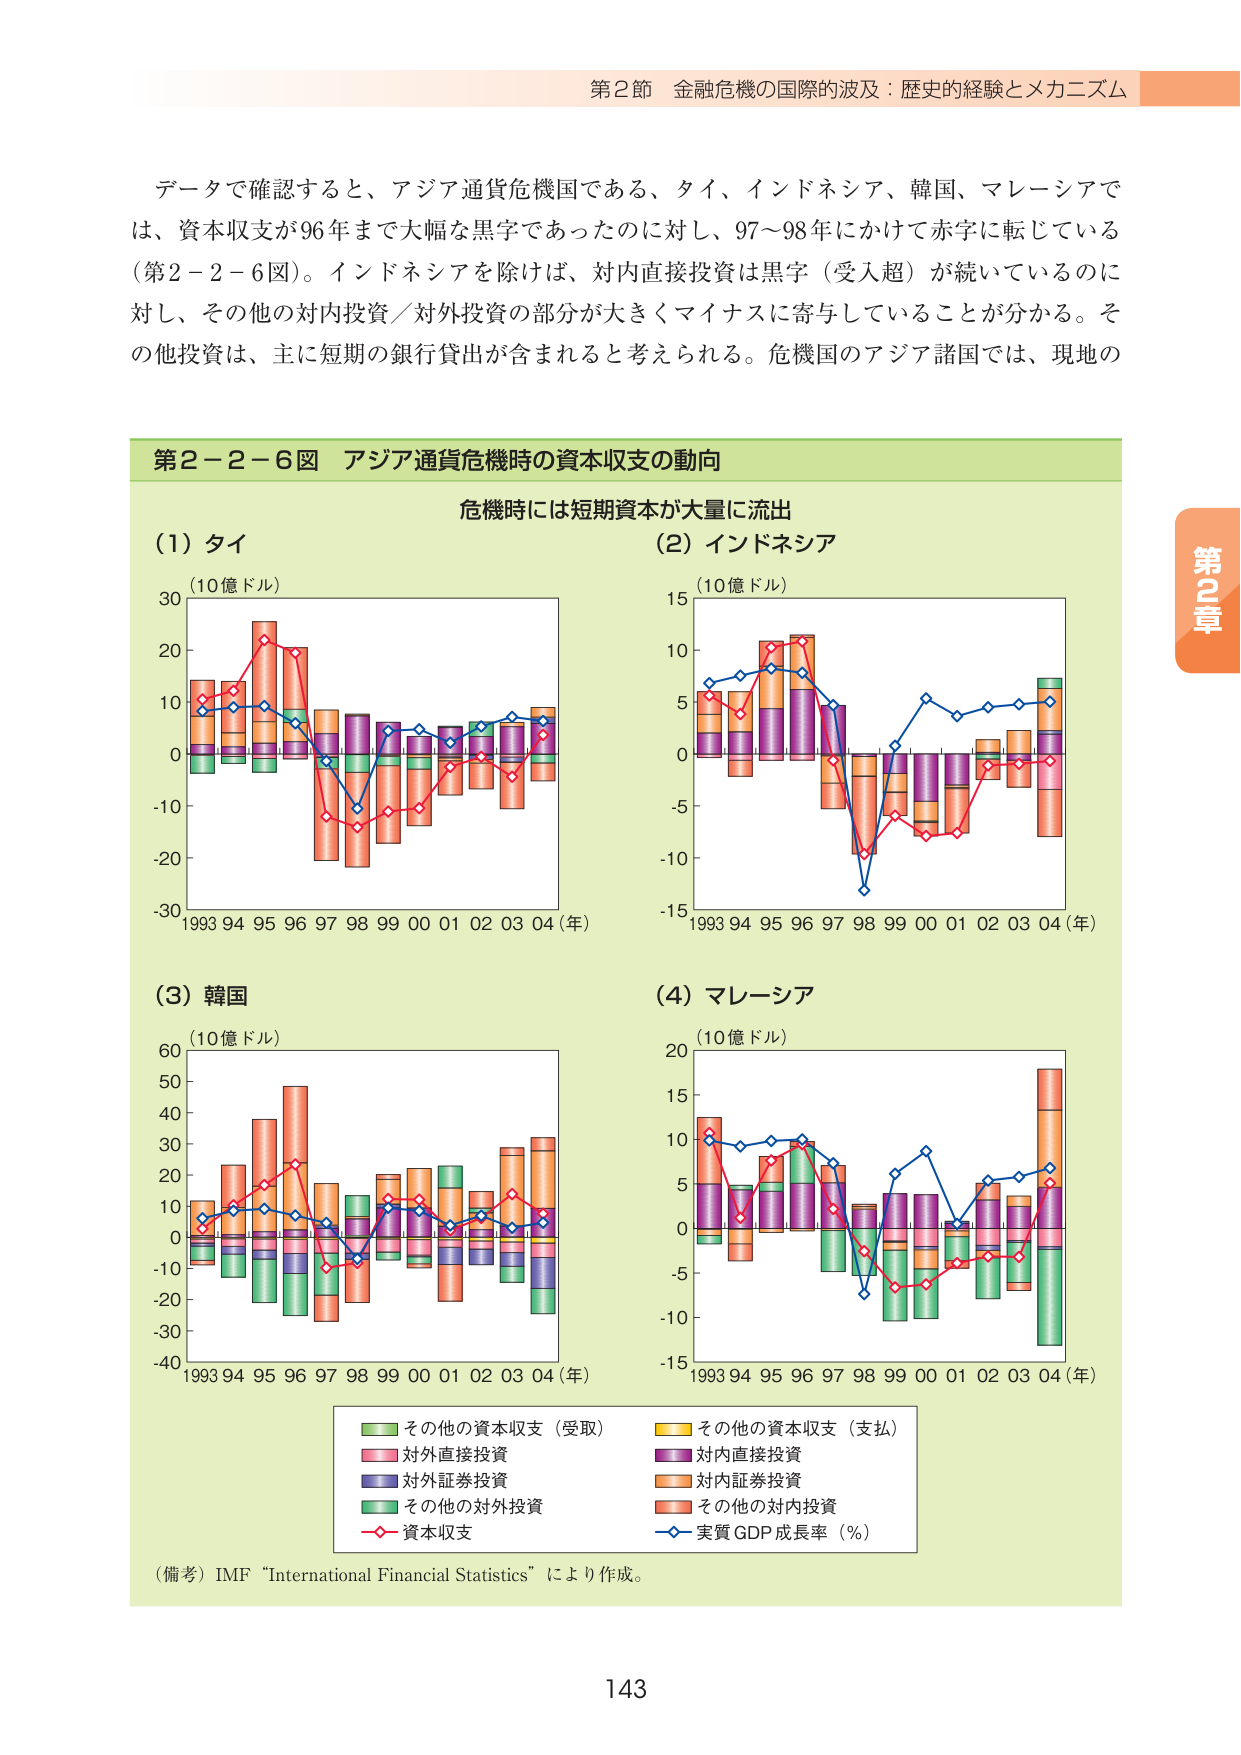
第2節 金融危機の国際的波及：歴史的経験とメカニズム

データで確認すると、アジア通貨危機国である、タイ、インドネシア、韓国、マレーシアでは、資本収支が96年まで大幅な黒字であったのに対し、97～98年にかけて赤字に転じている（第2－2－6図）。インドネシアを除けば、対内直接投資は黒字（受入超）が続いているのに対し、その他の対内投資／対外投資の部分が大きくマイナスに寄与していることが分かる。その他投資は、主に短期の銀行貸出が含まれると考えられる。危機国のアジア諸国では、現地の

第2－2－6図 アジア通貨危機時の資本収支の動向

危機時には短期資本が大量に流出

(1) タイ
(10億ドル)
1993 94 95 96 97 98 99 00 01 02 03 04 (年)

(2) インドネシア
(10億ドル)
1993 94 95 96 97 98 99 00 01 02 03 04 (年)

(3) 韓国
(10億ドル)
1993 94 95 96 97 98 99 00 01 02 03 04 (年)

(4) マレーシア
(10億ドル)
1993 94 95 96 97 98 99 00 01 02 03 04 (年)

■ その他の資本収支（受取）
■ その他の資本収支（支払）
■ 対外直接投資
■ 対内直接投資
■ 対外証券投資
■ 対内証券投資
■ その他の対外投資
■ その他の対内投資
◇ 資本収支
◇ 実質GDP成長率（％）

（備考）IMF “International Financial Statistics” により作成。

第2章

143